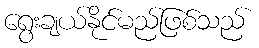
ရွေးချယ်နိုင်မည်ဖြစ်သည်